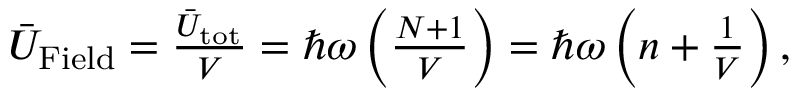
\begin{array} { r } { \bar { U } _ { \mathrm { F i e l d } } = \frac { \bar { U } _ { \mathrm { t o t } } } { V } = \hbar \omega \left( \frac { { \cal N } + 1 } { V } \right) = \hbar \omega \left( n + \frac { 1 } { V } \right) , } \end{array}